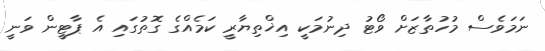
ނަމަވެސް މުހުތާޒަށް ވޯޓު ދިނުމަކީ އިޚްތިޔާރީ ކަމެއްގެ ގޮތުގައި އެ ޕާޓީން ވަނީ